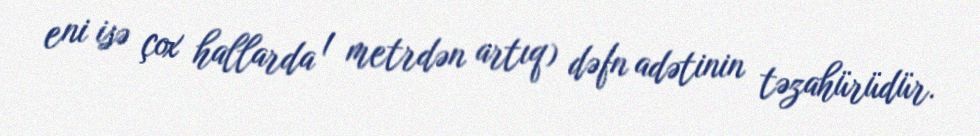
eni isə çox hallarda 1 metrdən artıq) dəfn adətinin təzahürüdür.